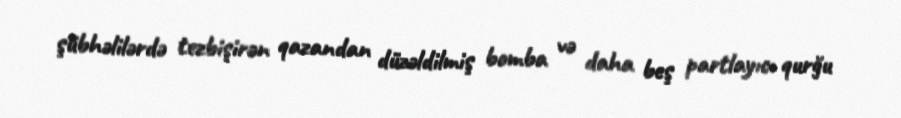
şübhəlilərdə tezbişirən qazandan düzəldilmiş bomba və daha beş partlayıcı qurğu